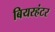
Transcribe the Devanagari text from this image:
बियरहंटर